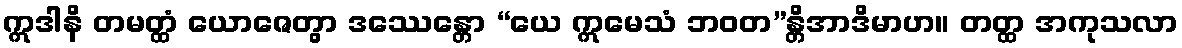
ဣဒါနိ တမတ္ထံ ယောဇေတွာ ဒဿေန္တော “ယေ ဣမေသံ ဘဝတ”န္တိအာဒိမာဟ။ တတ္ထ အကုသလာ